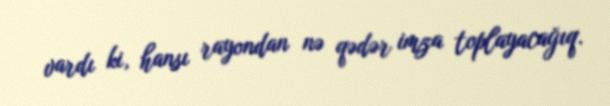
vardı ki, hansı rayondan nə qədər imza toplayacağıq.